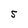
Character: S